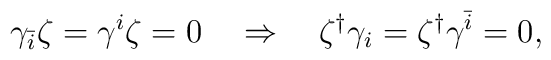
\gamma_{\bar{i}}\zeta=\gamma^{i}\zeta=0\quad\Rightarrow\quad\zeta^{\dag}\gamma_{i}=\zeta^{\dag}\gamma^{\bar{i}}=0,